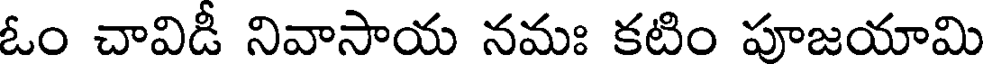
ఓం చావిడీ నివాసాయ నమః కటిం పూజయామి